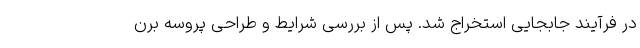
در فرآیند جابجایی استخراج شد. پس از بررسی شرایط و طراحی پروسه برن